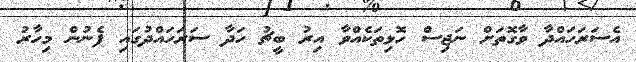
އެސަރަހައްދާ ވާގޮތަށް ނަޖިސް ހޮޅިތަކެއްވާ އިރު ބީޗު ހަދާ ސަރަހައްދުގައި ފެނުން މިހާރު